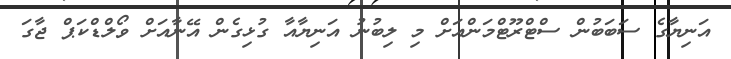
އަނިޔާގެ ސަބަބުން ސްޓްރޫޓްމަންއަށް މި ލިބުނު އަނިޔާއާ ގުޅިގެން އޭނާއަށް ވޯލްޑްކަޕް ޖާގަ